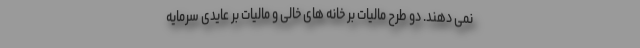
نمی دهند. دو طرح مالیات بر خانه های خالی و مالیات بر عایدی سرمایه